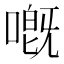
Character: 嘅